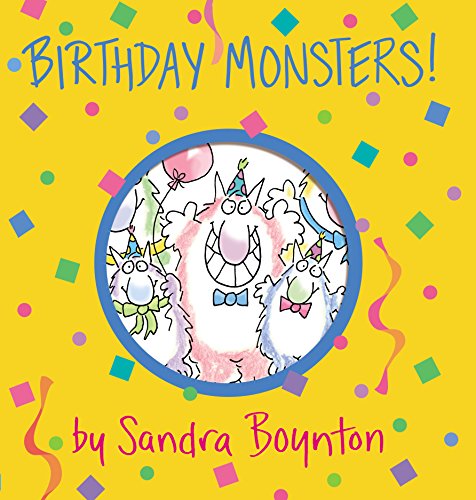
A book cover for Birthday Monsters! (Boynton on Board); Sandra Boynton; Children's Books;